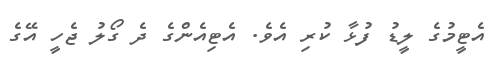
އެޓީމުގެ ލީޑު ފުޅާ ކުރި އެވެ. އެޓިއެންގެ ދެ ގޯލު ޖެހީ އޭގެ